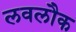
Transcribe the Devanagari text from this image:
लवलौक